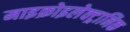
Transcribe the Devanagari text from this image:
माइक्रोइलेक्ट्रानिक